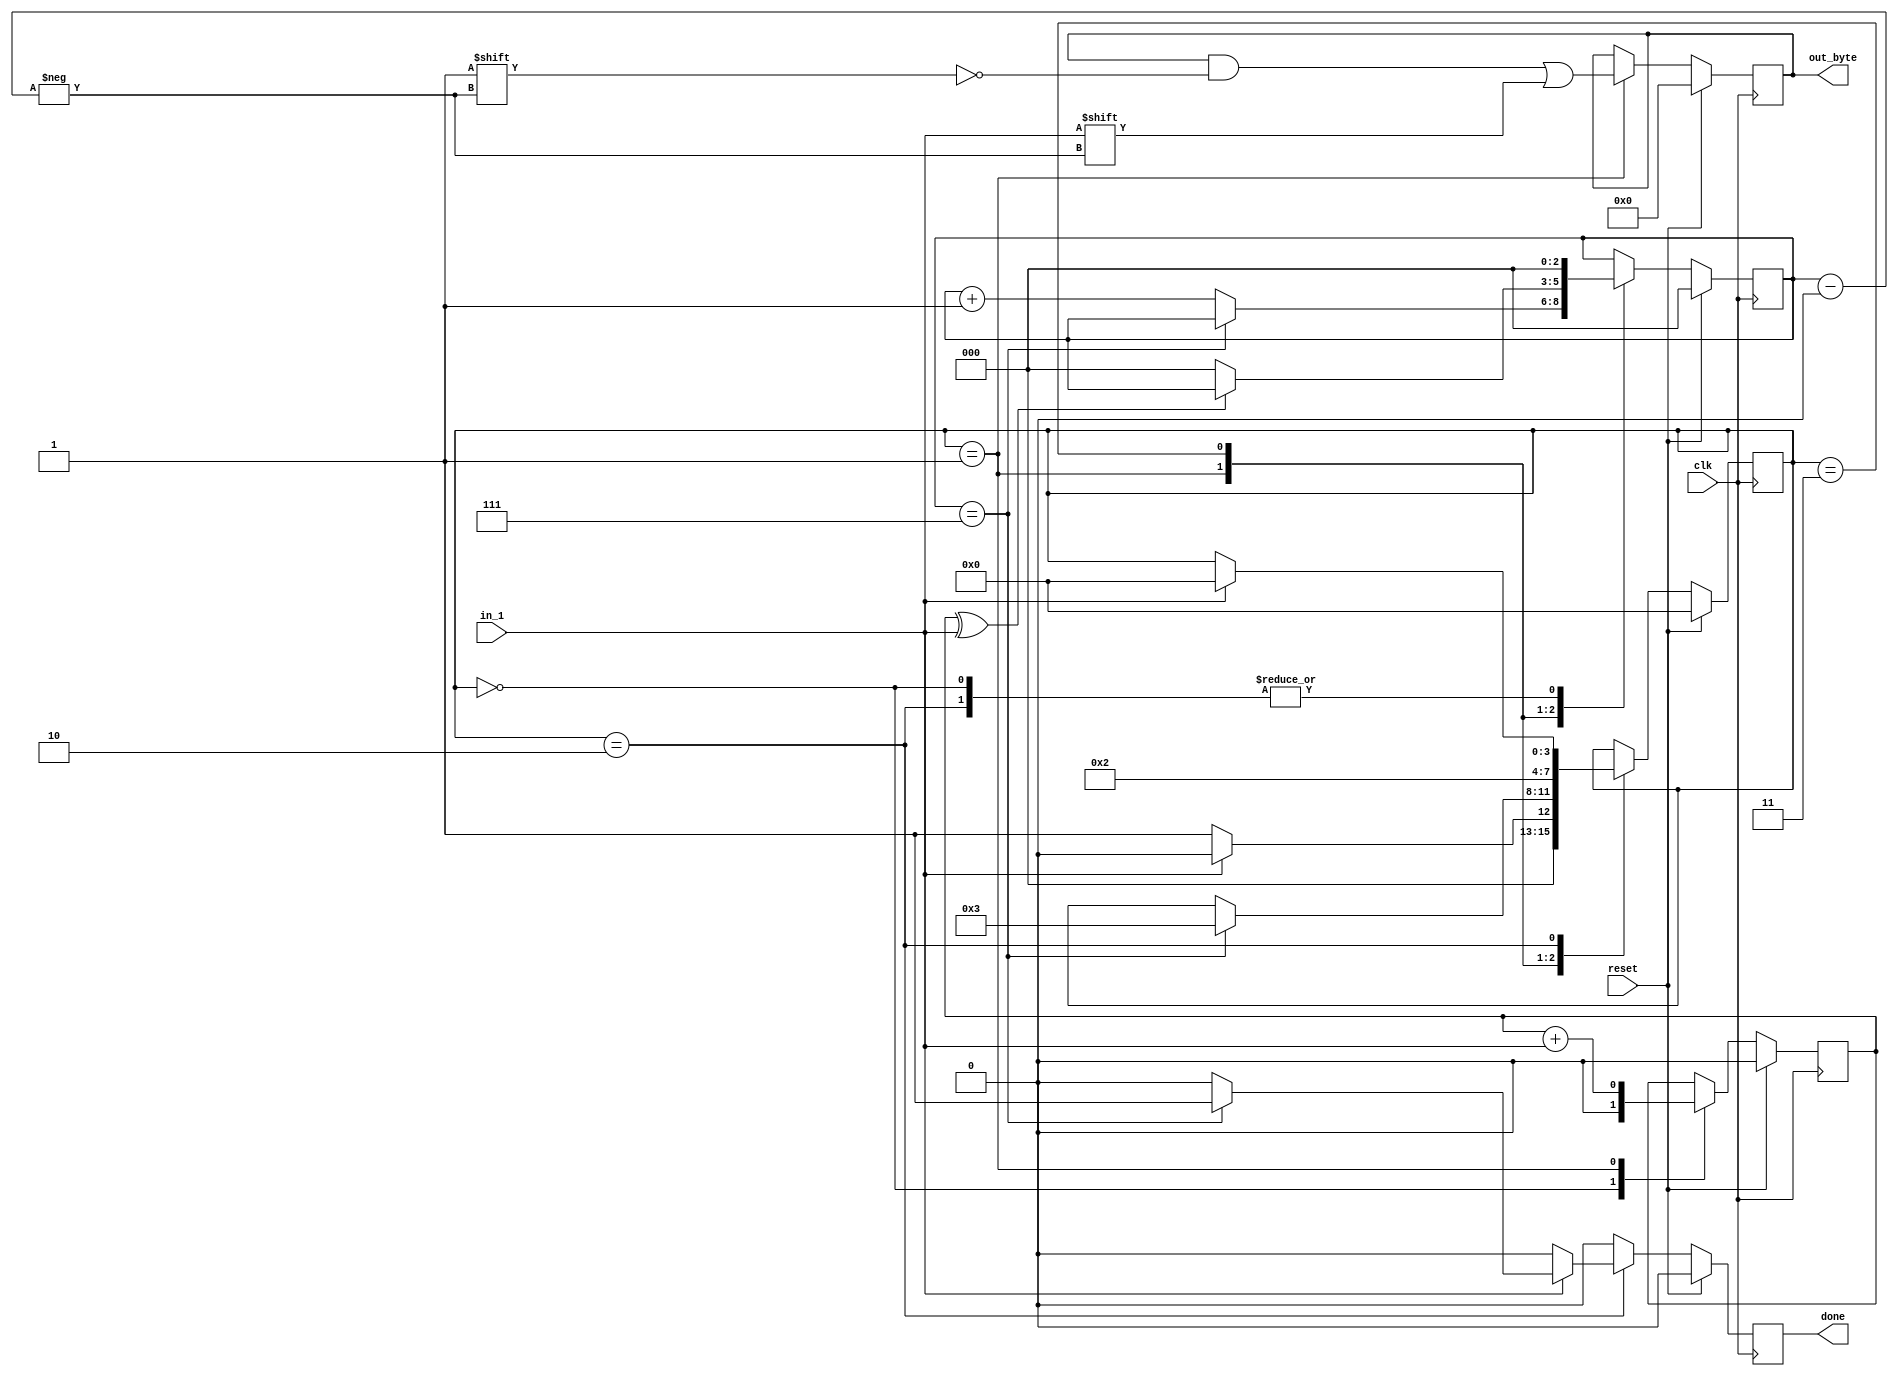
module top_module #(
	parameter DUMMY = 0
) (
    input clk,
    input in_1,
    input reset,    // Synchronous reset
    output [7:0] out_byte,
    output done
);
	wire in = in_1;
    localparam 	ST_IDLE = 4'h0,
    			ST_BEG = 4'h1,
    			ST_END = 4'h2,
    			ST_PRT = 4'h3,
    			ST_NONE = 4'h4;
    reg [7:0] out_reg = 8'h00, out_next;
    reg done_reg = 1'b0, done_next;
    reg [2:0] count_reg = 3'b000, count_next;    
    reg [3:0] state_reg = ST_IDLE, state_next;
	reg parit_reg = 1'b0, parit_next;
    always @(*) begin
        out_next = out_reg;
        done_next = 1'b0;
        count_next = count_reg;
        state_next = state_reg;
		parit_next = parit_reg;
        case (state_reg)
            ST_IDLE: begin
				parit_next = 1'b0;
                count_next = 3'b000;
                if (in == 1'b0) begin
                    state_next = ST_BEG;
                end else begin
                    state_next = ST_IDLE;
                end
            end
            ST_BEG: begin
				parit_next = parit_reg + in;
                out_next[count_reg] = in;
                if (count_reg == 4'h7) begin
                    state_next = ST_PRT;
                end else begin
                	count_next = count_reg + 4'h1;
                end
            end
			ST_PRT: begin
				if (parit_reg ^ in) begin
				end else begin
					count_next = 4'h0;
				end
				state_next = ST_END;
			end
            ST_END: begin
                count_next = 4'h0;
                if (in) begin
                    if (count_reg == 4'h7) begin
                    	done_next = 1'b1;
	                	state_next = ST_IDLE;
                    end else begin 
    	                done_next = 1'b0;
        	        	state_next = ST_IDLE;
                    end
                end
            end
            // default:
        endcase
    end
    always @(posedge clk) begin
        if (reset) begin
        	out_reg <= 0;
        	done_reg <= 0;
        	count_reg <= 0;
        	state_reg <= 0;
			parit_reg <= 0;
        end else begin
        	out_reg <= out_next;
        	done_reg <= done_next;
        	count_reg <= count_next;
        	state_reg <= state_next;
			parit_reg <= parit_next;
        end
    end
    assign done = done_reg;
	assign out_byte = out_reg;
endmodule